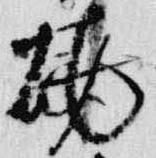
焼